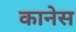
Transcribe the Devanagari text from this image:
कानेस